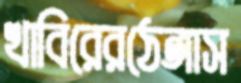
খাবিরেরঠেঙ্গাস